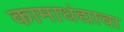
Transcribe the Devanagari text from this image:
कामाधंद्याचा